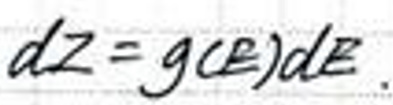
$d Z = g ( E ) d E$